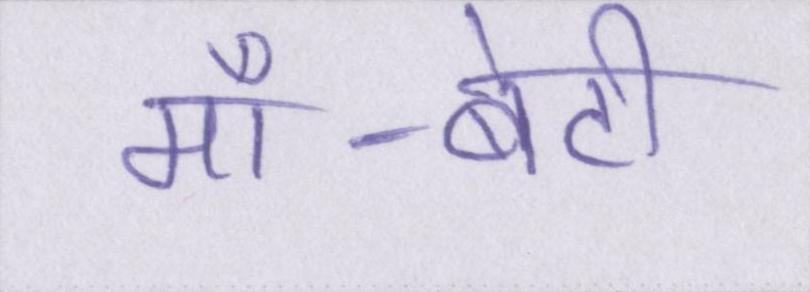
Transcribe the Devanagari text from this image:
माँ-बेटी